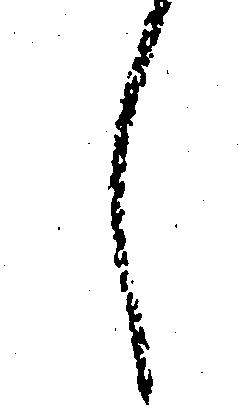
し